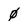
Character: 0